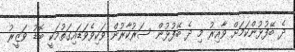
ދެ ބޭފުޅުންކަމަށް ވާއިރު މި ދެ ބޭފުޅުން ސަރުކާރުން ވަކިވެވަޑައިގަތުމަކީ ބޮޑު ވަޒީރު